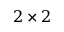
2 \times 2